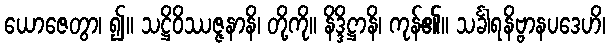
ယောဇေတွာ၊ ၍။ သဋ္ဌိဝိဿဇ္ဇနာနိ၊ တို့ကို။ နိဒ္ဒိဋ္ဌာနိ၊ ကုန်၏။ သင်္ခါရနိဗ္ဗာနပဒေဟိ၊